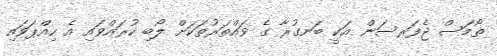
ތޯމަސް ޖެފަރސަން އަކީ ބަނގުރާ ގެ ވައްތަރުތަކަށް ލޯބި ކުރައްވައި އެ ހިއްޕަވައި